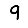
Digit: 9